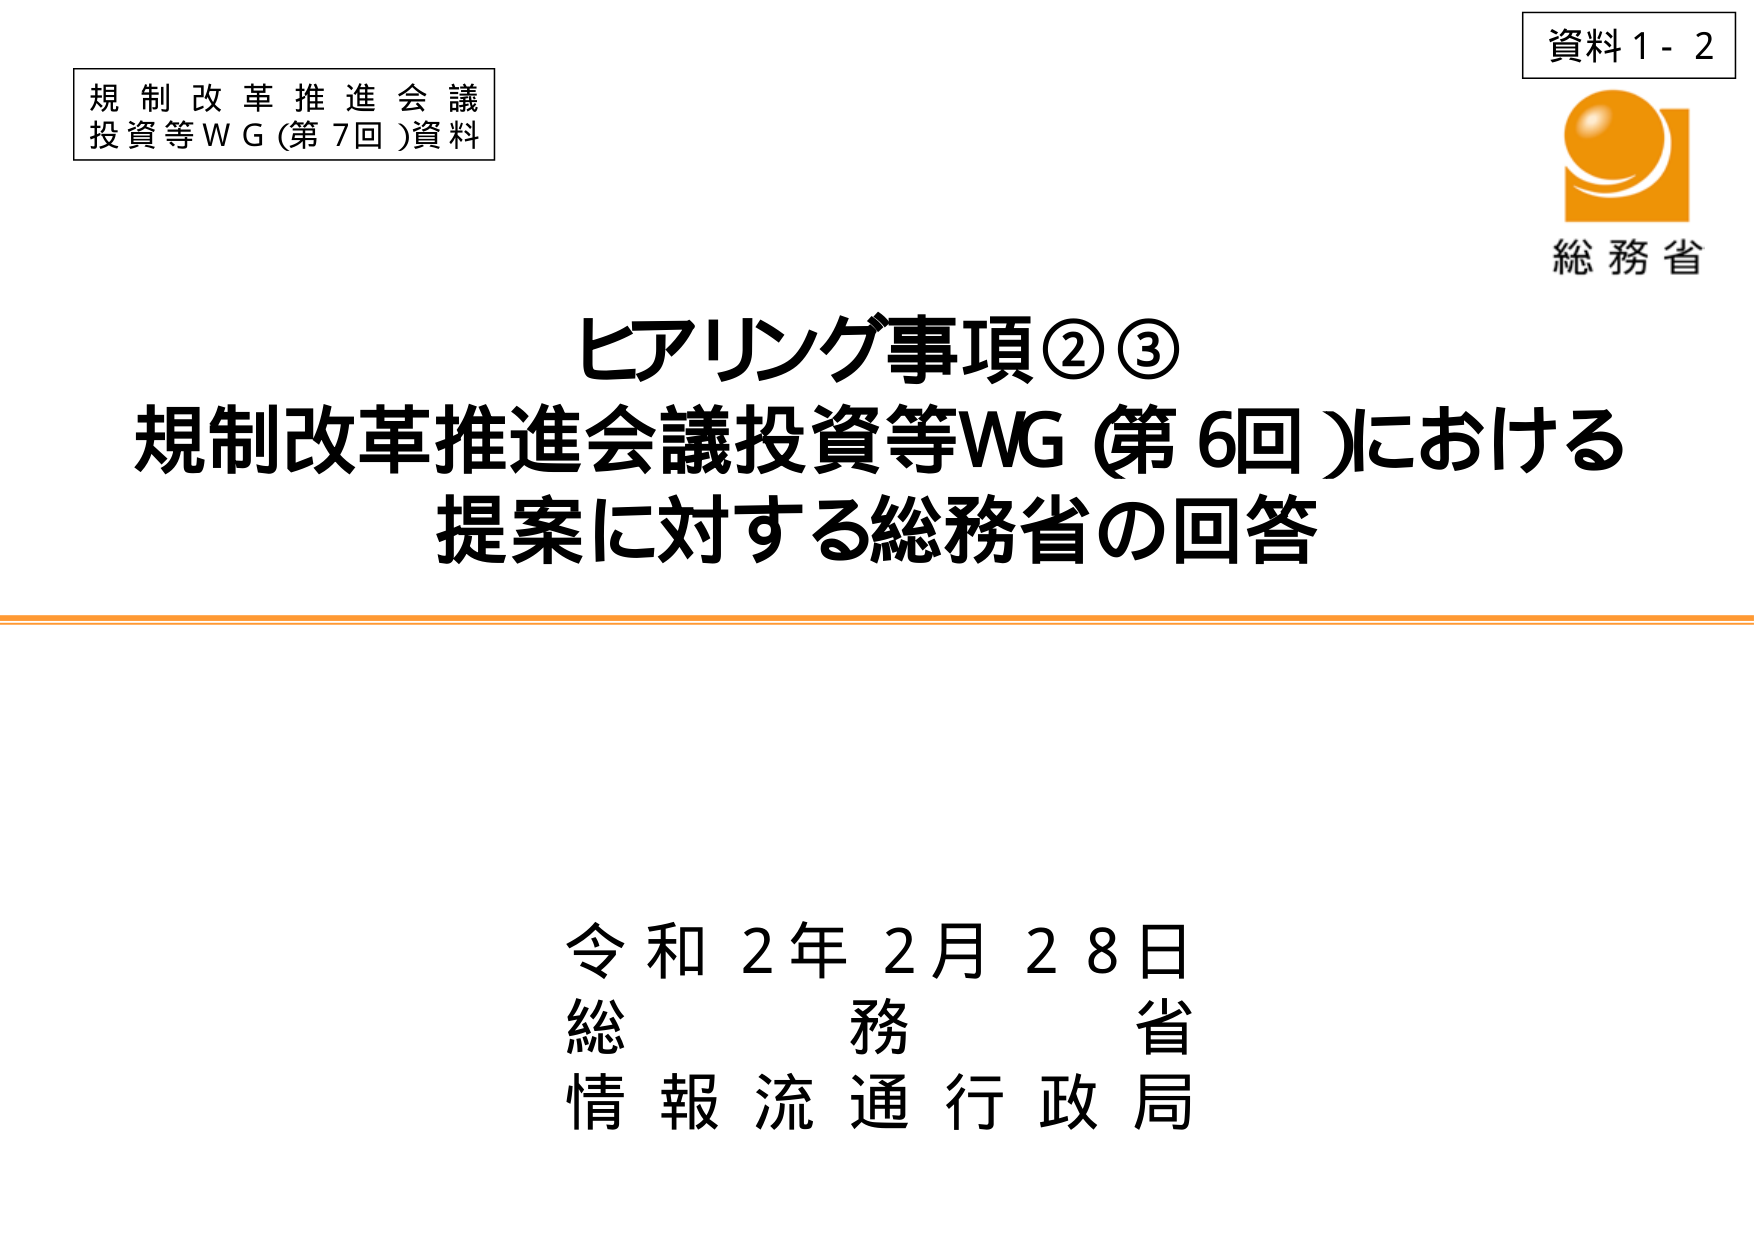
資料１－２
規制改革推進会議
投資等ＷＧ（第７回）資料
総務省
ヒアリング事項②③
規制改革推進会議投資等ＷＧ（第６回）における
提案に対する総務省の回答
令和２年２月２８日
総務省
情報流通行政局